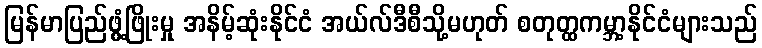
မြန်မာပြည်ဖွံ့ဖြိုးမှု အနိမ့်ဆုံးနိုင်ငံ အယ်လ်ဒီစီသို့မဟုတ် စတုတ္ထကမ္ဘာ့နိုင်ငံများသည်